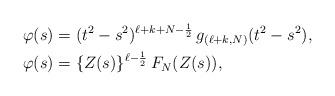
LaTeX: \begin{align*}\varphi (s) &= (t^2 -s^2 )^{ \ell+k+N - \frac{1}{2} } \, g_{( \ell+k , N)} (t^2 -s^2 ), \\ \; \;\varphi (s) &= \{ Z(s) \}^{ \ell - \frac{1}{2} } \, F_N ( Z(s) ), \end{align*}